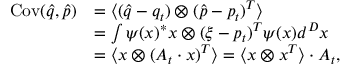
\begin{array} { r l } { \operatorname { C o v } ( \hat { q } , \hat { p } ) } & { = \langle ( \hat { q } - q _ { t } ) \otimes ( \hat { p } - p _ { t } ) ^ { T } \rangle } \\ & { = \int \psi ( x ) ^ { \ast } x \otimes ( \xi - p _ { t } ) ^ { T } \psi ( x ) d ^ { D } x } \\ & { = \langle x \otimes ( A _ { t } \cdot x ) ^ { T } \rangle = \langle x \otimes x ^ { T } \rangle \cdot A _ { t } , } \end{array}